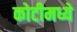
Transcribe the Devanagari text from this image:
कोटीमध्ये